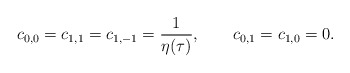
\begin{align*}c_{0,0}= c_{1,1} = c_{1,-1}= {1\over\eta(\tau)}, \qquad c_{0,1}= c_{1,0}= 0.\end{align*}